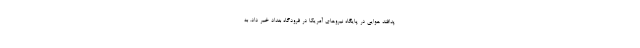
پدافند هوایی در پایگاه نیروهای آمریکا در فرودگاه بغداد خبر داد. به